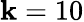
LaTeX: \mathbf{k}=10